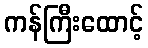
ကန်ကြီးထောင့်